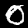
Label: 0